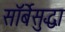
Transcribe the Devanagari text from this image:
सॉर्बेसुद्धा